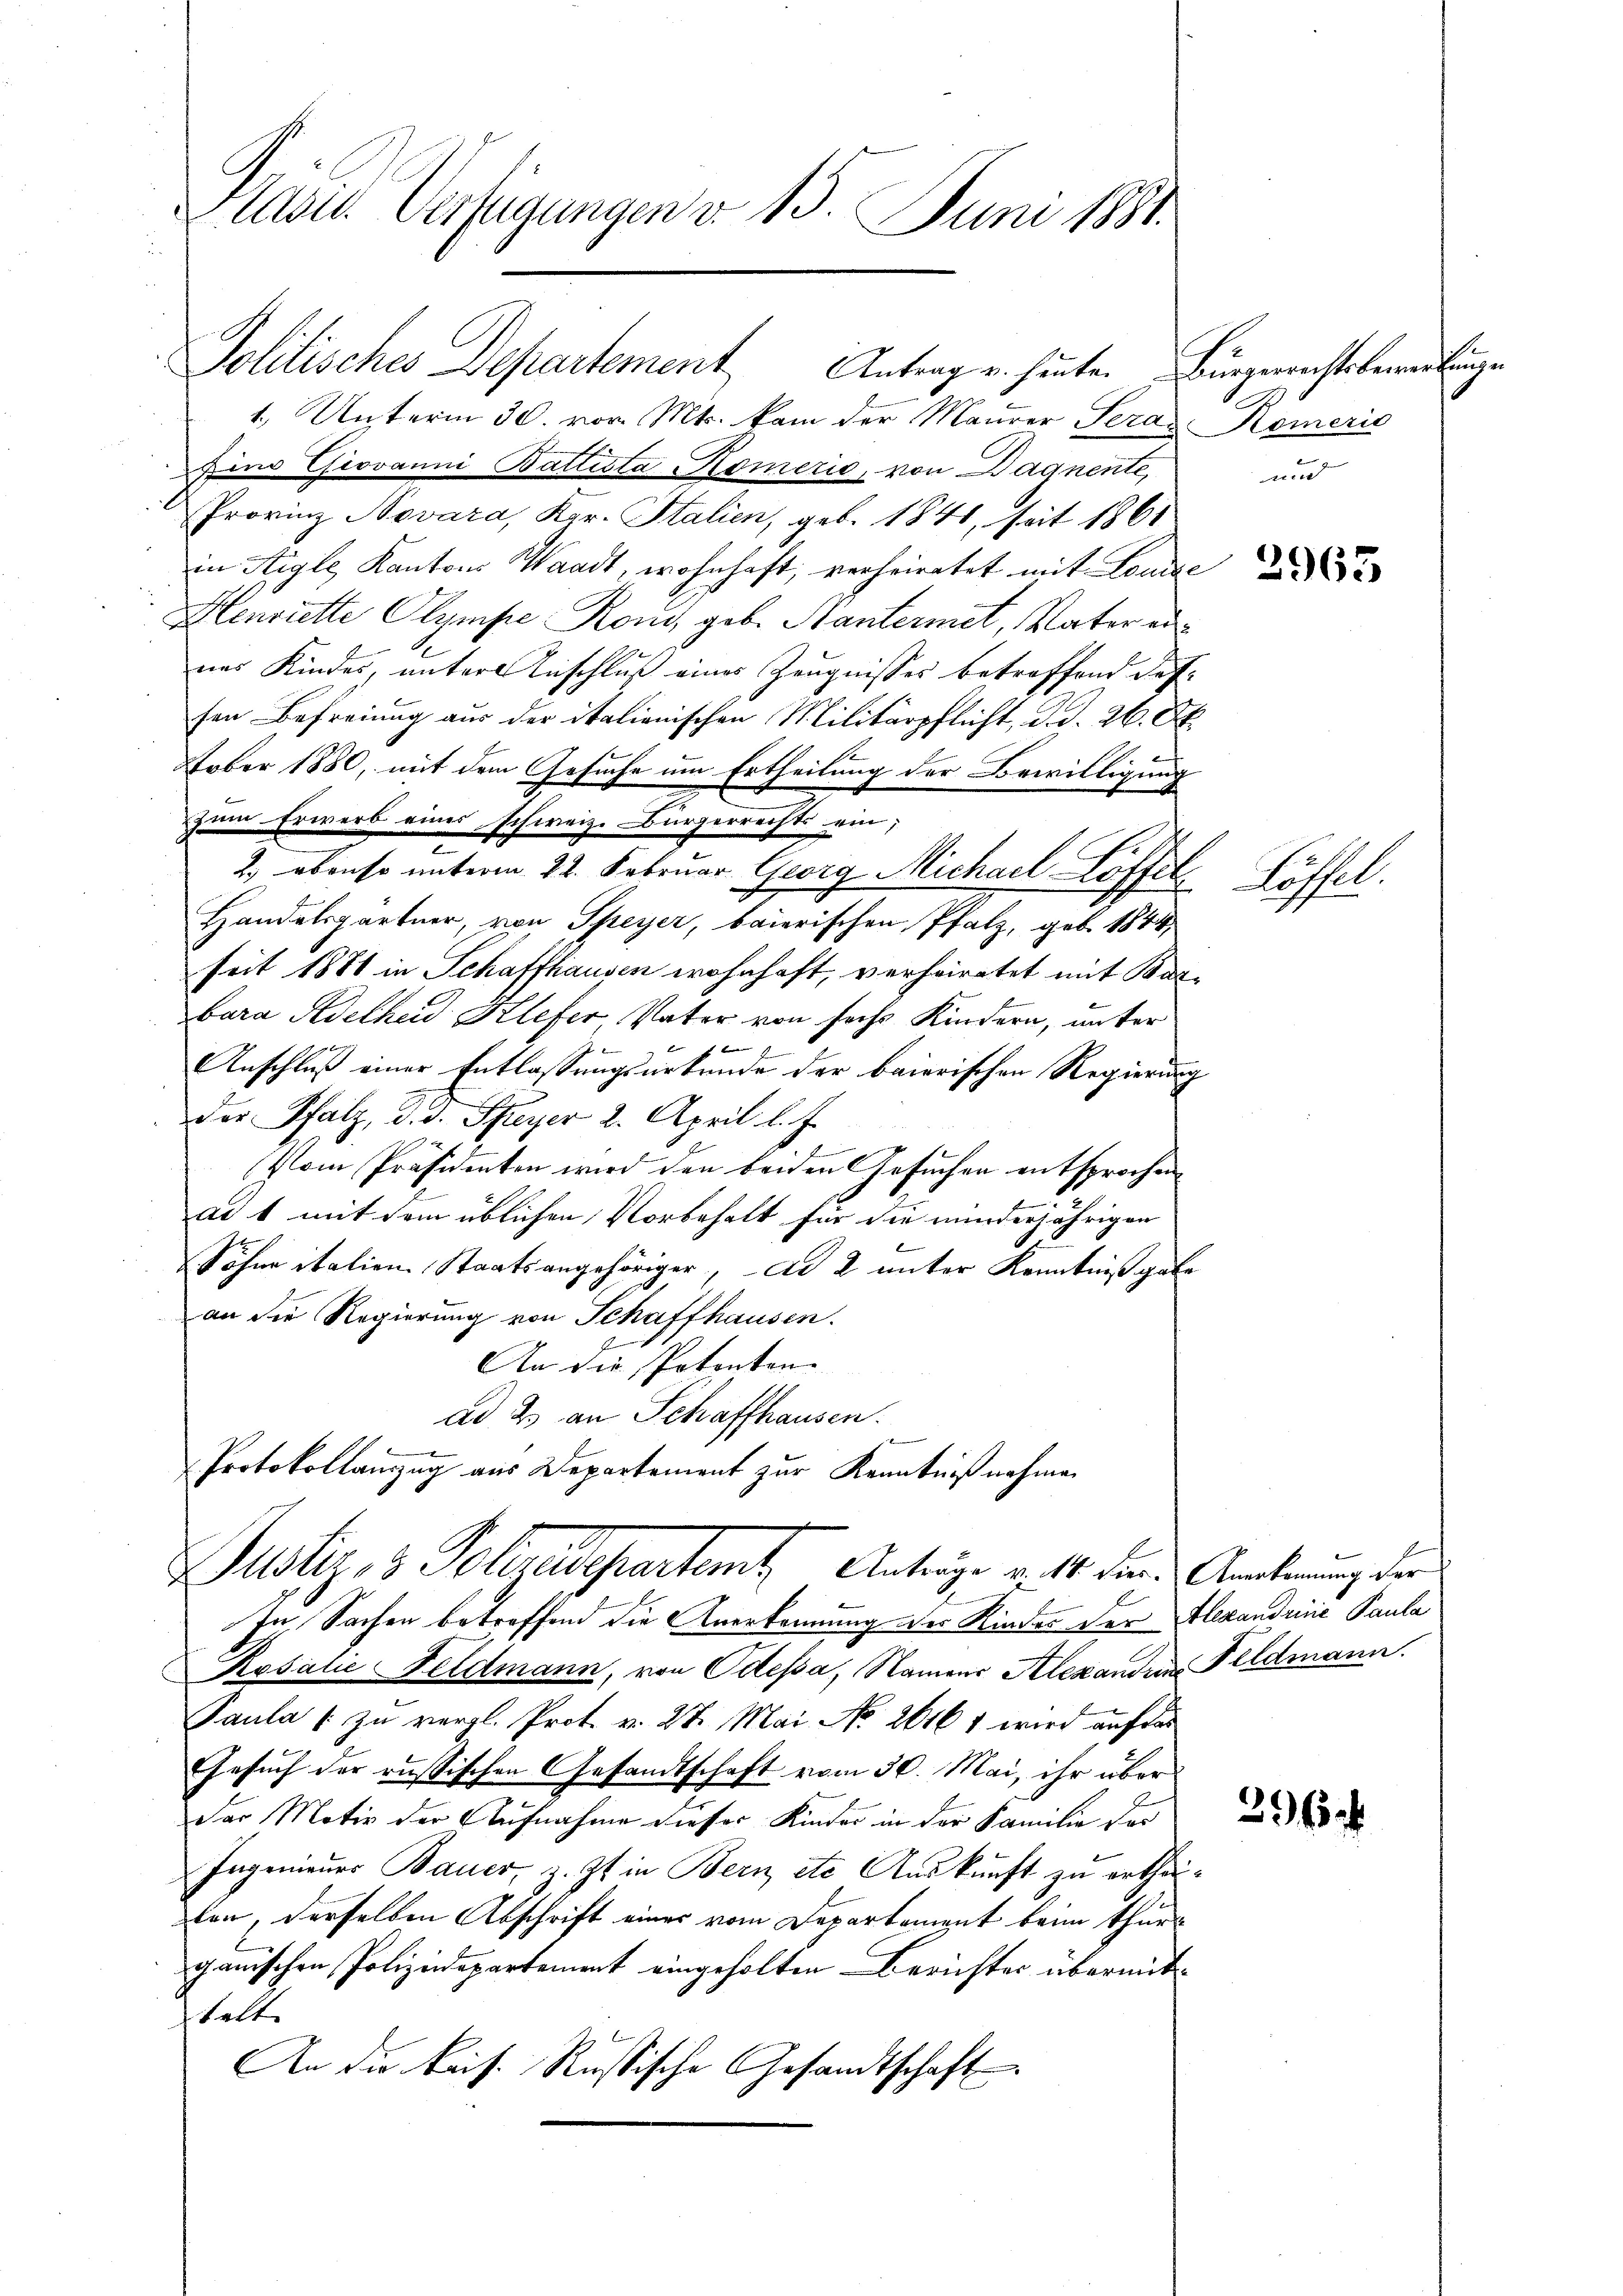
Prises Vertigungen v. 15. Juni 1881.

1.) Unterm 30. vor. Mts. kam der Maurer Seras Remeric
Eine Giovanni Ballista Komeris, von Dagnente,
Provinz Novara, Kgr. Stalien, geb. 1841, seit 1861
in Aigle Kantons Waadt, wohnhaft, verheiratet mit Londac
Henriette Olympe Roni, geb. Nantermet, Vater annes Kindes, unter Anschluß eines Zeugnisses betreffend das
sen Befreiung aus der italienischen Militärpflicht, d. d. 26. Ok¬
Feber 1880, mit dem Gesuche um Ertheilung der Bewilligung
zum Erwerb eines schweiz. Bürgerrechts ein;
2
2.) ebenso unterm 22. Februar Georg Michael Löffel
Handelspartner, von Speyer, baierischen Pfalz, geb. 1844,
seit 1881 in Schaffhausen wohnhaft, verheiratet mit Bar
bara Adelheid Klefer, Vater von sechs Kindern, unter
Anschluß einer Entlassungsurkunde der baierischen Regierung
der Pfalz, d. d. Speyer 2. April l. J.
b
Vom Präsidenten wird den beiden Gesuchen entsprochen
.
ad 1 mit dem üblichen Vorbehalt für die minderjährigen
Söhne italien Staatsangehöriger, Ad 2 unter Kenntniß gabe
an die Regierung von Schaffhausen.
An die Petenten.
ad 2. an Schaffhausen.
Protokollanzzug aus Departement zur Kenntnißnahmen
Justiz- & Polizeidepartamt Anträge v. 10. den Amorterung der
In Sachen betreffend die Anerkennung der Kinder der Alexandrine Paula
Rosalie Feldmann, von Odessa, Namens Alexanden Feldmann.
Paula (zu vergl. Prot. v. 27. Mai No 2016 1 wird auf das
Gesŭch der russischen Gesandtschaft vom 30. Mai, ihr über
der Motiv der Aufnahme dieser Kinder in der Familie vor
Ingenieurs Bauer, z. Zt. in Bern etc. Auskunft zu erthei
fer, derselben Abschrift einer vom Departement beim Thur
ganischen Polizeidepartement eingeholten Berichtes übermitshalte
An die kais. Rußische Gesandtschaft

Politisches Departement Antrag u. heute. Bürgerrechtsbewerbungen

und

2965

Lassel.

x

296.